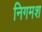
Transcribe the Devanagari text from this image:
निगमश